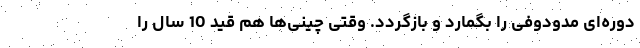
دوره‌ای مدودوفی را بگمارد و بازگردد. وقتی چینی‌ها هم قید 10 سال را